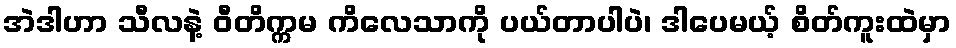
အဲဒါဟာ သီလနဲ့ ဝီတိက္ကမ ကိလေသာကို ပယ်တာပါပဲ၊ ဒါပေမယ့် စိတ်ကူးထဲမှာ